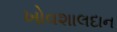
ખોવશાલદાન